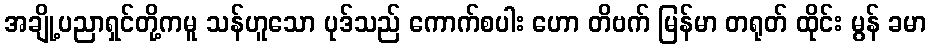
အချို့ပညာရှင်တို့ကမူ သန်ဟူသော ပုဒ်သည် ကောက်စပါး ဟော တိဗက် မြန်မာ တရုတ် ထိုင်း မွန် ခမာ